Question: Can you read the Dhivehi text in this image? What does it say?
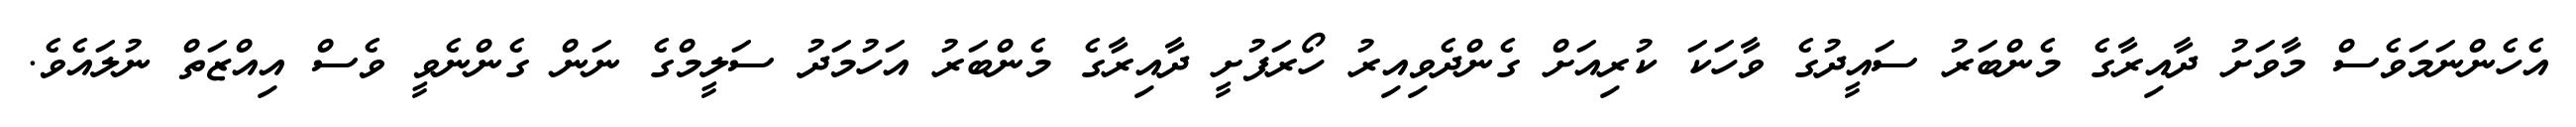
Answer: އެހެންނަމަވެސް މާވަށު ދާއިރާގެ މެންބަރު ސައީދުގެ ވާހަކަ ކުރިއަށް ގެންދެވިއިރު ހޯރަފުށީ ދާއިރާގެ މެންބަރު އަހުމަދު ސަލީމްގެ ނަން ގެންނެވީ ވެސް އިއްޒަތް ނުލައެވެ.